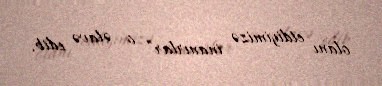
olanı etdiyimizə inanırlar” o əlavə edib.